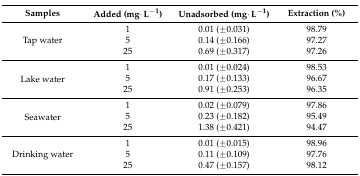
<table><thead><tr><td><b>Samples</b></td><td><b>Added (mg·L<sup>−1</sup>)</b></td><td><b>Unadsorbed (mg·L<sup>−1</sup>)</b></td><td><b>Extraction (%)</b></td></tr></thead><tbody><tr><td rowspan="3">Tap water</td><td>1</td><td>0.01 (±0.031)</td><td>98.79</td></tr><tr><td>5</td><td>0.14 (±0.166)</td><td>97.27</td></tr><tr><td>25</td><td>0.69 (±0.317)</td><td>97.26</td></tr><tr><td rowspan="3">Lake water</td><td>1</td><td>0.01 (±0.024)</td><td>98.53</td></tr><tr><td>5</td><td>0.17 (±0.133)</td><td>96.67</td></tr><tr><td>25</td><td>0.91 (±0.253)</td><td>96.35</td></tr><tr><td rowspan="3">Seawater</td><td>1</td><td>0.02 (±0.079)</td><td>97.86</td></tr><tr><td>5</td><td>0.23 (±0.182)</td><td>95.49</td></tr><tr><td>25</td><td>1.38 (±0.421)</td><td>94.47</td></tr><tr><td rowspan="3">Drinking water</td><td>1</td><td>0.01 (±0.015)</td><td>98.96</td></tr><tr><td>5</td><td>0.11 (±0.109)</td><td>97.76</td></tr><tr><td>25</td><td>0.47 (±0.157)</td><td>98.12</td></tr></tbody></table>